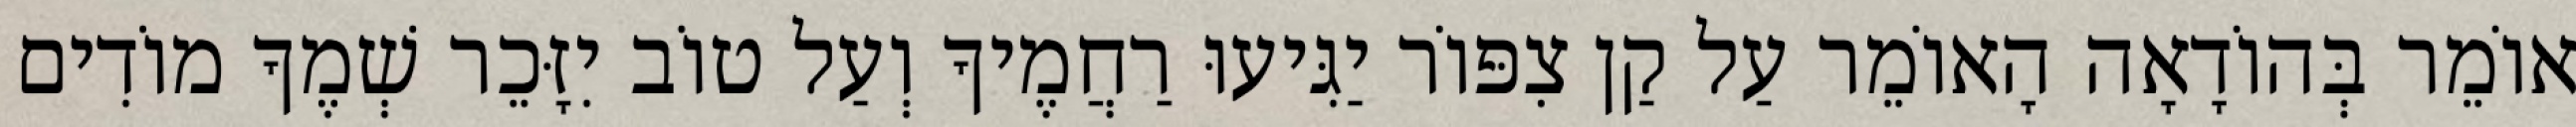
אוֹמֵר בְּהוֹדָאָה הָאוֹמֵר עַל קַן צִפּוֹר יַגִּיעוּ רַחֲמֶיךָ וְעַל טוֹב יִזָּכֵר שְׁמֶךָ מוֹדִים